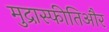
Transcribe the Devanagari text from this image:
मुद्रास्फीतिऔर